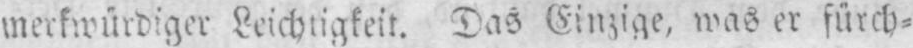
merkwürdiger Leichtigkeit. Das Einzige, was er fürch⸗